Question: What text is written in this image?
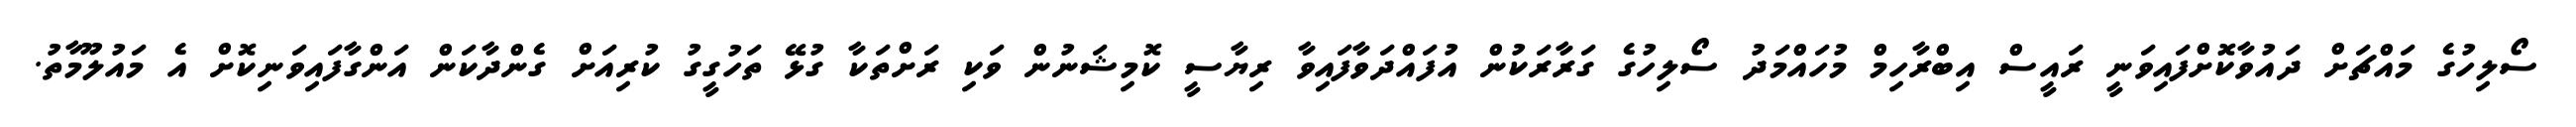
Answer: ސޯލިހުގެ މައްޗަށް ދައުވާކޮށްފައިވަނީ ރައީސް އިބްރާހިމް މުހައްމަދު ސޯލިހުގެ ގަރާރަކުން އުފައްދަވާފައިވާ ރިޔާސީ ކޮމިޝަނުން ވަކި ރަށްތަކާ ގުޅޭ ތަހުގީގު ކުރިއަށް ގެންދާކަން އަންގާފައިވަނިކޮށް އެ މައުލޫމާތު.